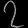
Digit: ၇